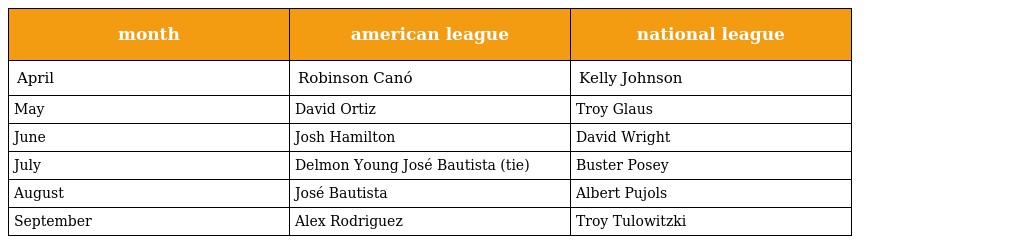
| month | american league | national league |
 | --- | --- | --- |
 | April | Robinson Canó | Kelly Johnson |
 | May | David Ortiz | Troy Glaus |
 | June | Josh Hamilton | David Wright |
 | July | Delmon Young José Bautista (tie) | Buster Posey |
 | August | José Bautista | Albert Pujols |
 | September | Alex Rodriguez | Troy Tulowitzki |